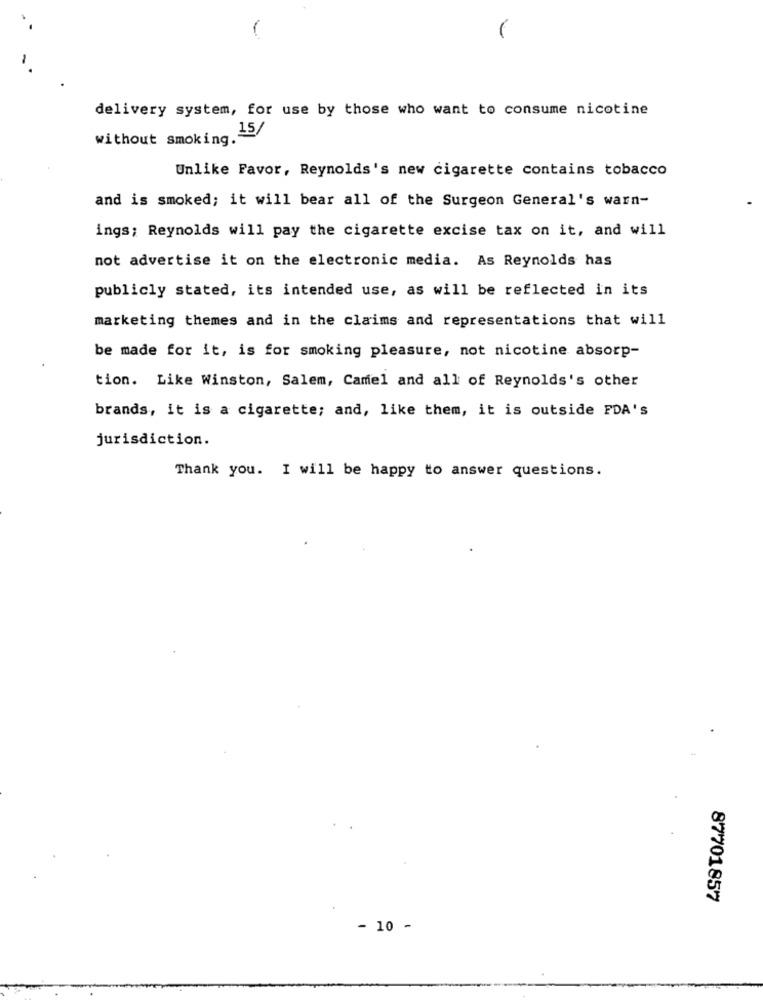
-
delivery system, for use by those who want to consume nicotine
15/
without smoking.
Unlike Favor, Reynolds's new cigarette contains tobacco
and is smoked; it will bear all of the Surgeon General's warn-
ings; Reynolds will pay the cigarette excise tax on it, and will
not advertise it on the electronic media. As Reynolds has
publicly stated, its intended use, as will be reflected in its
marketing themes and in the claims and representations that will
be made for it, is for smoking pleasure, not nicotine absorp-
tion. Like Winston, Salem, Camel and all of Reynolds's other
brands, it is a cigarette; and, like them, it is outside FDA's
jurisdiction.
Thank you. I will be happy to answer questions.
87701857
- 10 -